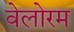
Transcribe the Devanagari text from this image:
वेलोरम